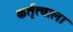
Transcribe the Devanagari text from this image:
कर्तृत्वाला